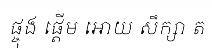
ផ្ចុង ផ្តើម អោយ សឹក្សា ត